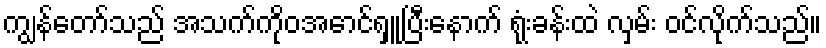
ကျွန်တော်သည် အသက်ကိုဝအောင်ရှူပြီးနောက် ရုံးခန်းထဲ လှမ်း ဝင်လိုက်သည်။